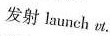
发射launch vt.